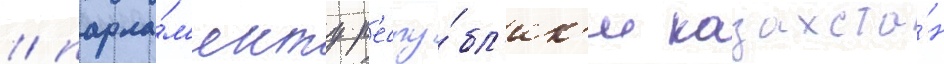
/ парла́м'енту р'еспу́бл'ик'и казахста́н